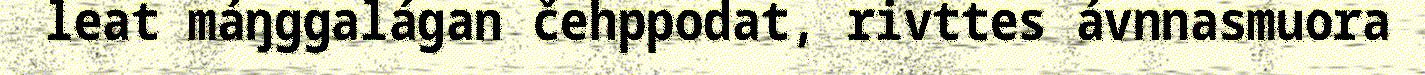
leat máŋggalágan čehppodat, rivttes ávnnasmuora